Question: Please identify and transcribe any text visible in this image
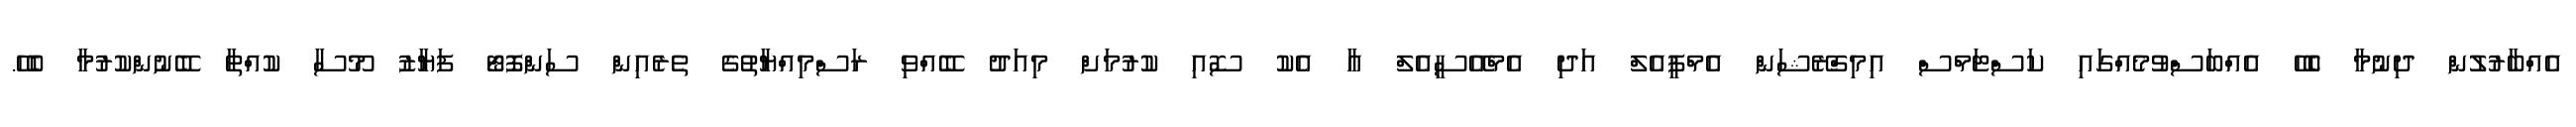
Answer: އެއްބާރުލުން ދިނުމާ ބެހޭ އެއްބަސްވުމެއްގައި ކަސްޓަމްސް އިމިގްރޭޝަން އެމްޕީއެލް އަދި އެމްއޭސީއެލް އާ އެކު ސޮއި ކުރުމަށް މިއަދު ބޭއްވި ރަސްމިއްޔާތުގެ ތެރެއިން ސަންފޮޓޯ ފަޔާޒު މޫސާ ކުއްތާ ބޭނުންކުރުމާ ބެހޭ.